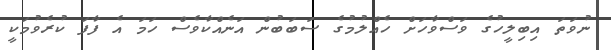
ނުވަތަ އިބިލީހުގެ ވަސްވާހަށް ހެއްލުމުގެ ސަބަބުން އަނެއްކާވެސް ހަމަ އެ ފާފަ ކުރެވުމަކީ